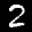
Label: 2